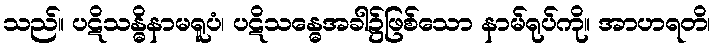
သည်။ ပဋိသန္ဓိနာမရူပံ၊ ပဋိသန္ဓေအခါ၌ဖြစ်သော နာမ်ရုပ်ကို။ အာဟရတိ၊